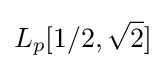
L_{p}[1/2,{\sqrt {2}}]